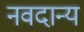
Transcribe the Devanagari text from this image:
नवदान्य